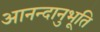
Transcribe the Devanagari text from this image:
आनन्‍दानुभूति